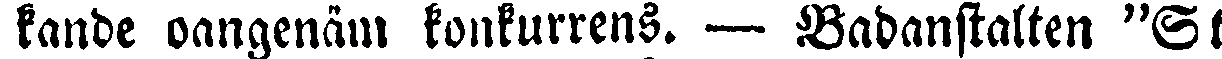
kande oangenäm konkurrens. — Badanstalten "St